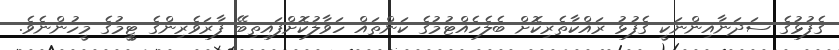
ގެފުޅުގެ ސަދަނާއިންނަކީ ގެފުޅު ރައްކާތެރިކޮށް ބެލެހެއްޓުމުގެ ކަންތައް ހަވާލުކޮށްފައިތިބޭ ފާރަވެރިންގެ ޓީީމުގެ މީހުންނެވެ.